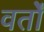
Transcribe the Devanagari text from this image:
वर्तों